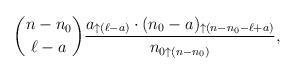
LaTeX: \begin{align*} \binom{n-n_0}{\ell-a} \frac{a_{\uparrow(\ell-a)}\cdot(n_0-a)_{\uparrow(n-n_0-\ell+a)}} {n_{0\uparrow (n-n_0)}}, \end{align*}